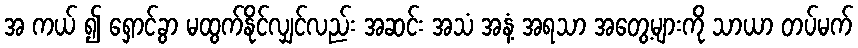
အ ကယ် ၍ ရှောင်ခွာ မထွက်နိုင်လျှင်လည်း အဆင်း အသံ အနံ့ အရသာ အတွေ့များကို သာယာ တပ်မက်